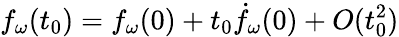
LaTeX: f_{\omega}(t_{0})=f_{\omega}(0)+t_{0}\dot{f}_{\omega}(0)+O(t_{0}^{2})